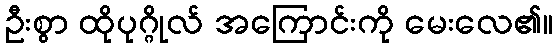
ဦးစွာ ထိုပုဂ္ဂိုလ် အကြောင်းကို မေးလေ၏။